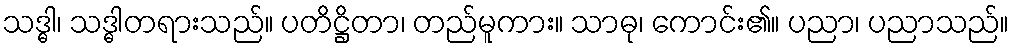
သဒ္ဓါ၊ သဒ္ဓါတရားသည်။ ပတိဋ္ဌိတာ၊ တည်မူကား။ သာဓု၊ ကောင်း၏။ ပညာ၊ ပညာသည်။